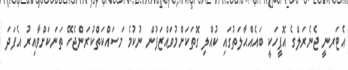
އެޓަރނީ ޖެނެރަލްގެ އޮފީހަކީ ބައެއްޙާލަތުގައި ކުއްލި ގޮތަކަށްމުވައްޒަފުން ނުކުމެ މަސައްކަތްކުރަންޖެހޭ ތަނަކަށްވާއިރު އެފަދަ